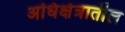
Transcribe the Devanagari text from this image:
अधिक्षेत्रातील